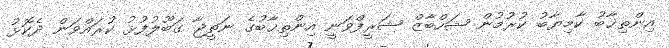
އިންތިޚާބު ކާމިޔާބު ކުރުމުން ޝަހްބާޒް ޝަރީފްވަނީ އިންތިޚާބުގެ ނަތީޖާ ގަބޫލުފުޅު ކުރައްވަން ދެކޮޅު